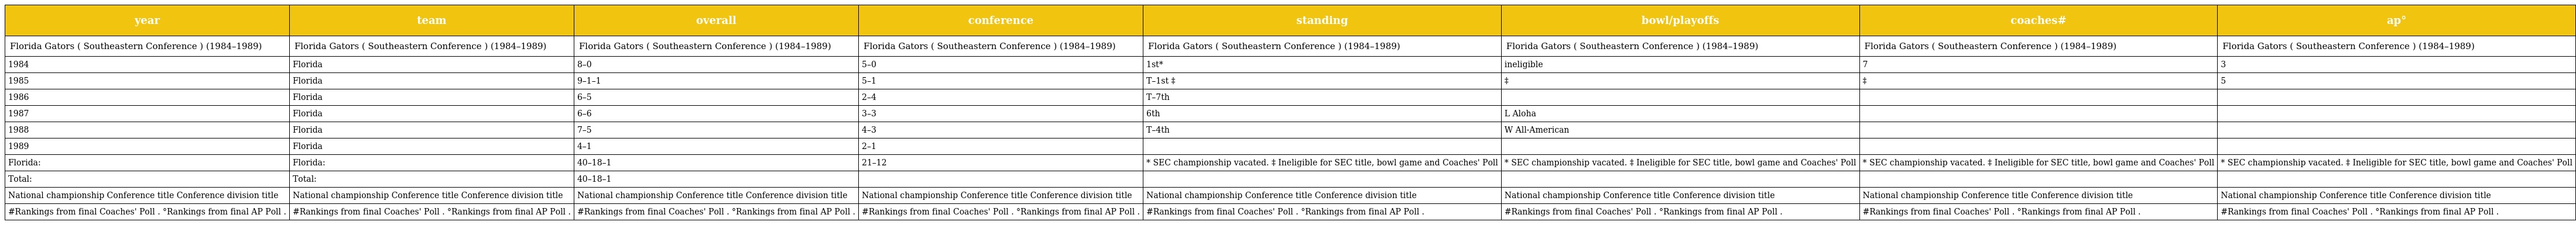
| year | team | overall | conference | standing | bowl/playoffs | coaches# | ap° |
 | --- | --- | --- | --- | --- | --- | --- | --- |
 | Florida Gators ( Southeastern Conference ) (1984–1989) | Florida Gators ( Southeastern Conference ) (1984–1989) | Florida Gators ( Southeastern Conference ) (1984–1989) | Florida Gators ( Southeastern Conference ) (1984–1989) | Florida Gators ( Southeastern Conference ) (1984–1989) | Florida Gators ( Southeastern Conference ) (1984–1989) | Florida Gators ( Southeastern Conference ) (1984–1989) | Florida Gators ( Southeastern Conference ) (1984–1989) |
 | 1984 | Florida | 8–0 | 5–0 | 1st* | ineligible | 7 | 3 |
 | 1985 | Florida | 9–1–1 | 5–1 | T–1st ‡ | ‡ | ‡ | 5 |
 | 1986 | Florida | 6–5 | 2–4 | T–7th |  |  |  |
 | 1987 | Florida | 6–6 | 3–3 | 6th | L Aloha |  |  |
 | 1988 | Florida | 7–5 | 4–3 | T–4th | W All-American |  |  |
 | 1989 | Florida | 4–1 | 2–1 |  |  |  |  |
 | Florida: | Florida: | 40–18–1 | 21–12 | * SEC championship vacated. ‡ Ineligible for SEC title, bowl game and Coaches' Poll | * SEC championship vacated. ‡ Ineligible for SEC title, bowl game and Coaches' Poll | * SEC championship vacated. ‡ Ineligible for SEC title, bowl game and Coaches' Poll | * SEC championship vacated. ‡ Ineligible for SEC title, bowl game and Coaches' Poll |
 | Total: | Total: | 40–18–1 |  |  |  |  |  |
 | National championship Conference title Conference division title | National championship Conference title Conference division title | National championship Conference title Conference division title | National championship Conference title Conference division title | National championship Conference title Conference division title | National championship Conference title Conference division title | National championship Conference title Conference division title | National championship Conference title Conference division title |
 | #Rankings from final Coaches' Poll . °Rankings from final AP Poll . | #Rankings from final Coaches' Poll . °Rankings from final AP Poll . | #Rankings from final Coaches' Poll . °Rankings from final AP Poll . | #Rankings from final Coaches' Poll . °Rankings from final AP Poll . | #Rankings from final Coaches' Poll . °Rankings from final AP Poll . | #Rankings from final Coaches' Poll . °Rankings from final AP Poll . | #Rankings from final Coaches' Poll . °Rankings from final AP Poll . | #Rankings from final Coaches' Poll . °Rankings from final AP Poll . |